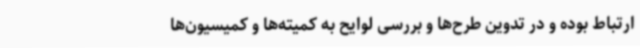
ارتباط بوده و در تدوین طرح‌ها و بررسی لوایح به کمیته‌ها و کمیسیون‌ها